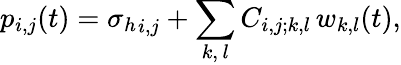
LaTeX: p_{i,j}(t)={\sigma_{h}}_{i,j}+\sum_{k,\, l}C_{i,j;k,l}\, w_{k,l}(t),